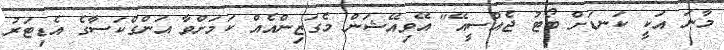
މާނަ އަކީ ކަނޑަށް ބޯޓު ޖެއްސީއޭ" އޭވިއޭޝަން މެގަޒިންއެއް ކަމަށްވާ އަންގްކަސާގެ އެޑިޓަރު